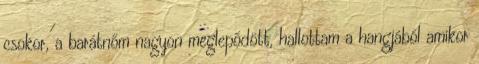
csokor, a barátnőm nagyon meglepődött, hallottam a hangjából amikor